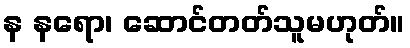
န နရော၊ ဆောင်တတ်သူမဟုတ်။